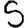
Digit: 5